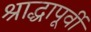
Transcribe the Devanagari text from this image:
श्राद्धापूर्वी